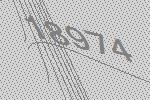
18974